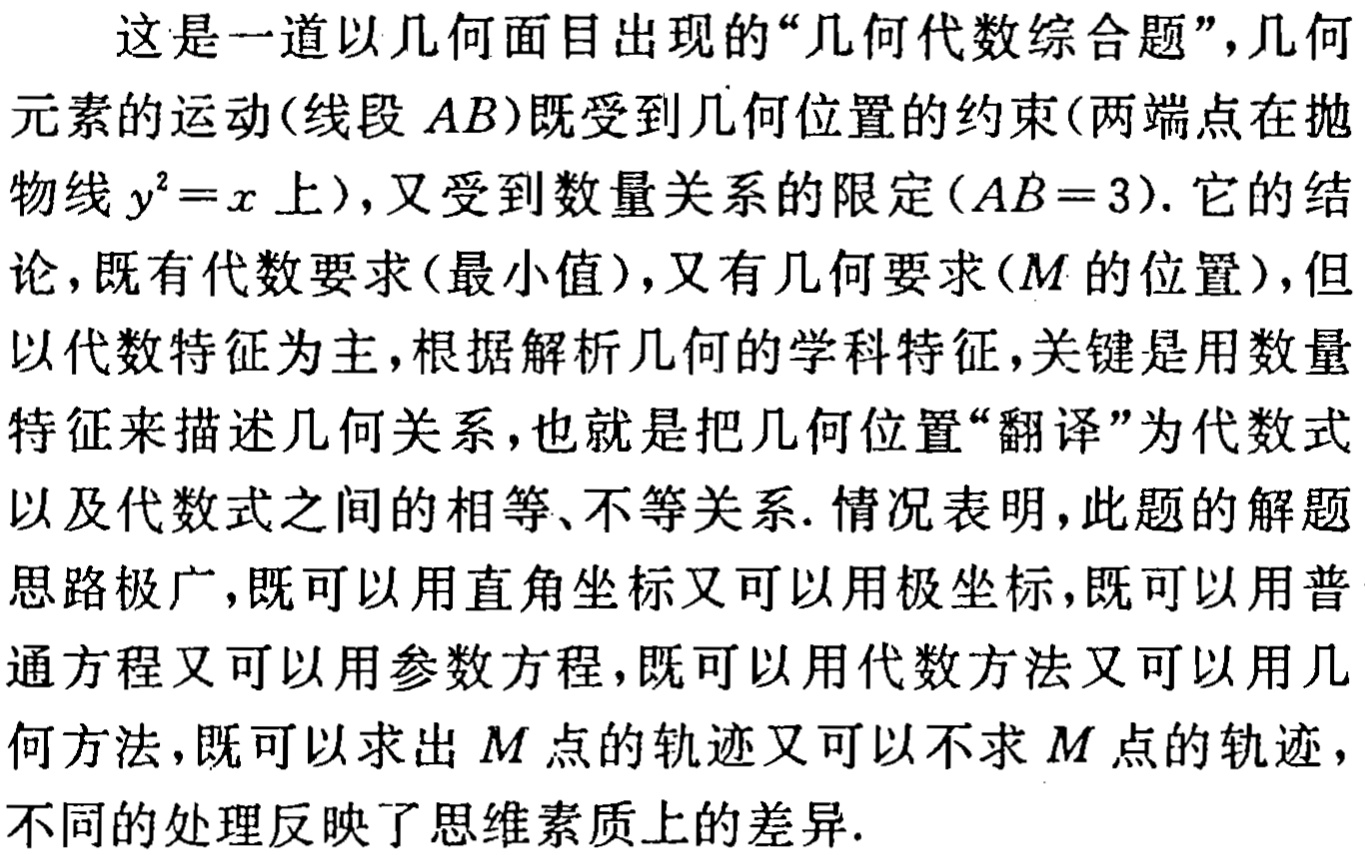
这是一道以几何面目出现的“几何代数综合题”，几何

元素的运动(线段 \(AB\))既受到几何位置的约束(两端点在抛

物线 \(y^{2}=x\) 上)，又受到数量关系的限定(\(AB = 3\))。它的结

论，既有代数要求(最小值)，又有几何要求(\(M\) 的位置)，但

以代数特征为主，根据解析几何的学科特征，关键是用数量

特征来描述几何关系，也就是把几何位置“翻译”为代数式

以及代数式之间的相等、不等关系. 情况表明，此题的解题

思路极广，既可以用直角坐标又可以用极坐标，既可以用普

通方程又可以用参数方程，既可以用代数方法又可以用几

何方法，既可以求出 \(M\) 点的轨迹又可以不求 \(M\) 点的轨迹，

不同的处理反映了思维素质上的差异.